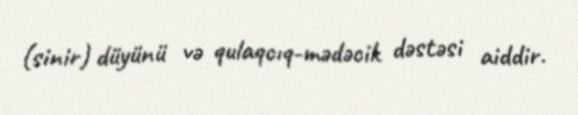
(sinir) düyünü və qulaqcıq-mədəcik dəstəsi aiddir.